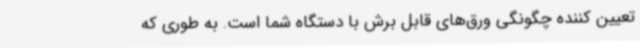
تعیین کننده چگونگی ورق‌های قابل برش با دستگاه شما است. به طوری که